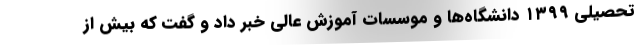
تحصیلی ۱۳۹۹ دانشگاه‌ها و موسسات آموزش عالی خبر داد و گفت که بیش از